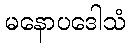
မနောပဒေါသံ